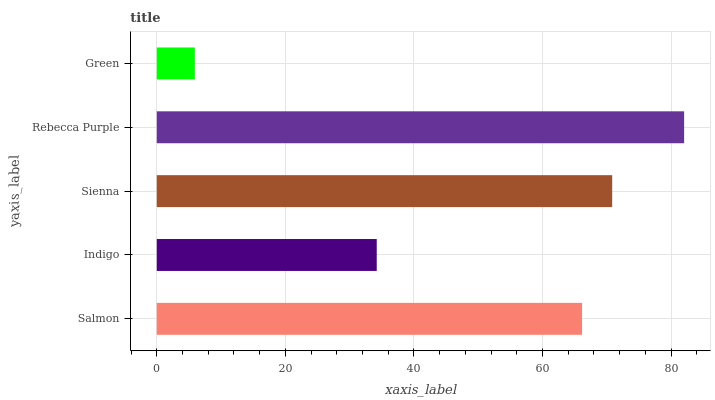
| yaxis_label | bars |
 | --- | --- |
 | Salmon | 66.2 |
 | Indigo | 34.2 |
 | Sienna | 70.8 |
 | Rebecca Purple | 82 |
 | Green | 5.92 |